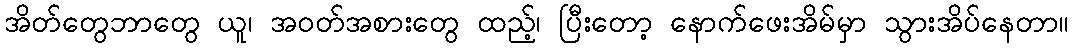
အိတ်တွေဘာတွေ ယူ၊ အဝတ်အစားတွေ ထည့်၊ ပြီးတော့ နောက်ဖေးအိမ်မှာ သွားအိပ်နေတာ။